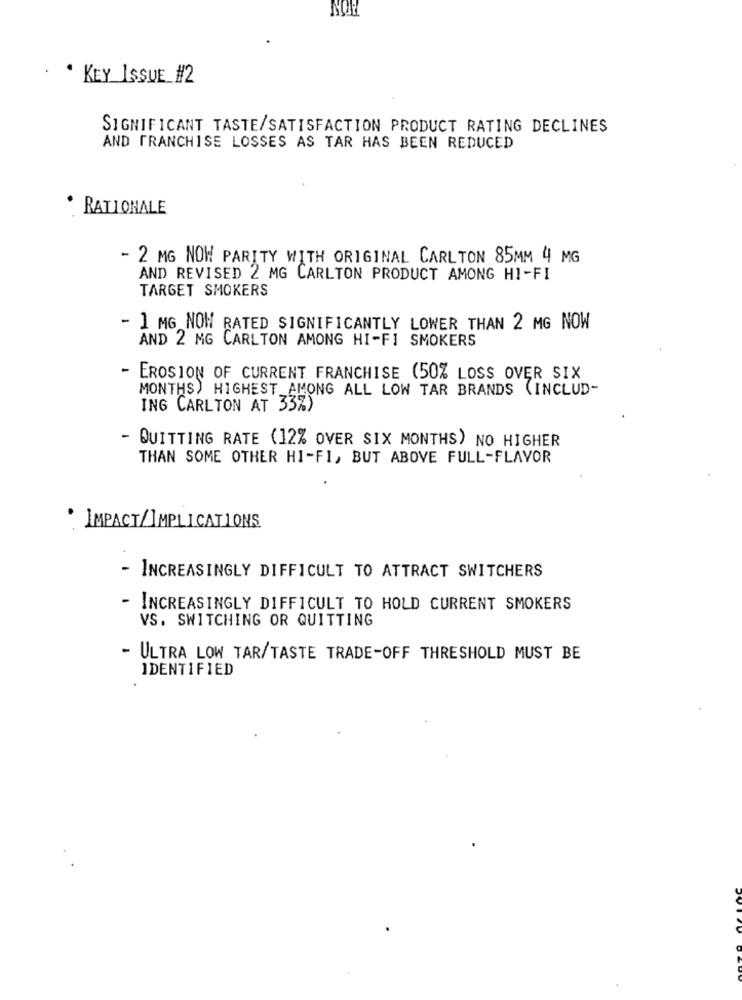
NOW
.KEY ISSUE #2
SIGNIFICANT TASTE/SATISFACTION PRODUCT RATING DECLINES
AND FRANCHISE LOSSES AS TAR HAS BEEN REDUCED
: RATIONALE
- 2 MG NOW PARITY WITH ORIGINAL CARLTON 85MM 4 MG
AND REVISED 2 MG CARLTON PRODUCT AMONG HI-FI
TARGET SMOKERS
- 1 MG NOW RATED SIGNIFICANTLY LOWER THAN 2 MG NOW
AND 2 MG CARLTON AMONG HI-FI SMOKERS
EROSION OF CURRENT FRANCHISE (50% LOSS OVER SIX
MONTHS) HIGHEST AMONG ALL LOW TAR BRANDS (INCLUD-
ING CARLTON AT 33%)
- QUITTING RATE (12% OVER SIX MONTHS) NO HIGHER
THAN SOME OTHER HI-FI, BUT ABOVE FULL-FLAVOR
IMPACT/IMPLICATIONS
INCREASINGLY DIFFICULT TO ATTRACT SWITCHERS
- INCREASINGLY DIFFICULT TO HOLD CURRENT SMOKERS
VS. SWITCHING OR QUITTING
- ULTRA LOW TAR/TASTE TRADE-OFF THRESHOLD MUST BE
IDENTIFIED